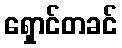
ရှောင်တခင်